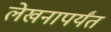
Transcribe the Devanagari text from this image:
लेखनापर्यंत